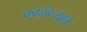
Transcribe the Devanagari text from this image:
कादंबऱ्याचे